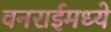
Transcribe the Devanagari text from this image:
वनराईमध्ये